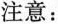
注意: